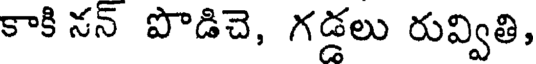
కాకి నన్ పొడిచె, గడ్డలు రువ్వితి,